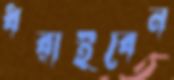
ধরাইবেন